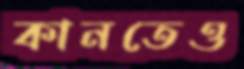
কানতেও